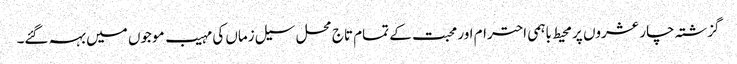
گزشتہ چار عشروں پر محیط باہمی احترام اور محبت کے تمام تاج محل سیل زماں کی مہیب موجوں میں بہہ گئے۔